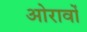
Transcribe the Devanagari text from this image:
ओरावों